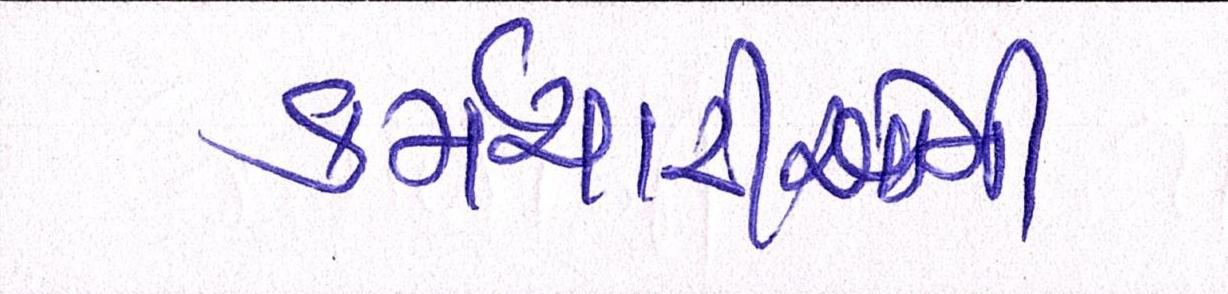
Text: કર્મચારીઓના